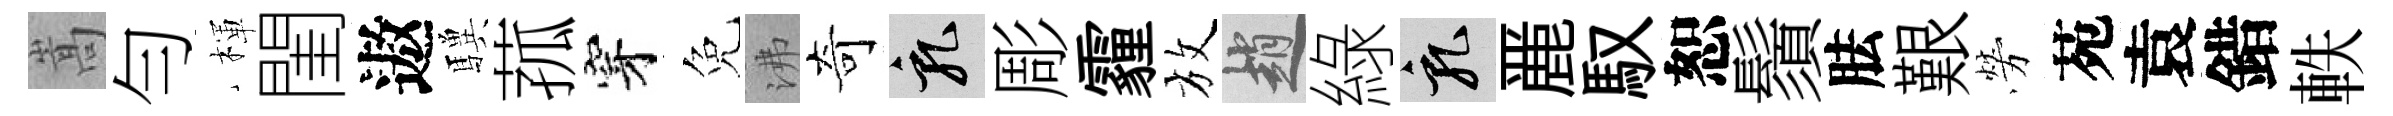
嵩勻楎閨遨驥菰穿免沸奇乳彫霾放趙綠乳䴡馭恕鬚胠艱勞苑袁錯軼